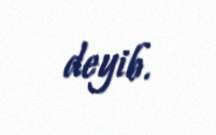
deyib.